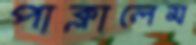
পাক্‌লালেম